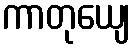
ကာတုယျေ